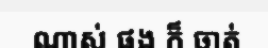
ណាស់ ផង ក៏ ចាត់